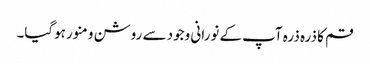
قم کا ذرہ ذرہ آپ کے نورانی وجود سے روشن و منور ہوگیا۔